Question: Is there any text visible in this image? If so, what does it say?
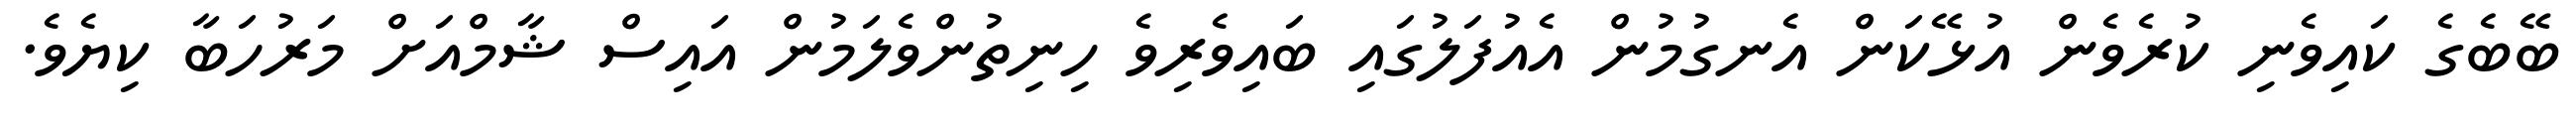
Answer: ބޭބެގެ ކައިވެނި ކުރެވެން އުޅޭކަން އެނގުމުން އެއުފަލުގައި ބައިވެރިވެ ހިނިތުންވެލަމުން އައިސް ޝާމްއަށް މަރުހަބާ ކިޔެވެ.